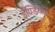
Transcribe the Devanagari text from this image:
इण्डियान